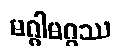
မဂ္ဂါမဂ္ဂဿ